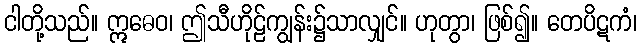
ငါတို့သည်။ ဣဓေဝ၊ ဤသီဟိုဠ်ကျွန်း၌သာလျှင်။ ဟုတွာ၊ ဖြစ်၍။ တေပိဋကံ၊